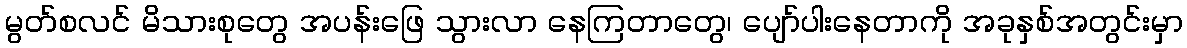
မွတ်စလင် မိသားစုတွေ အပန်းဖြေ သွားလာ နေကြတာတွေ၊ ပျော်ပါးနေတာကို အခုနှစ်အတွင်းမှာ